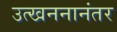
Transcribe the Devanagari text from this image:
उत्खननानंतर